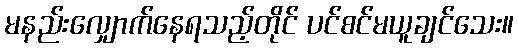
မနည်းလျှောက်နေရသည့်တိုင် ပင်စင်မယူချင်သေး။